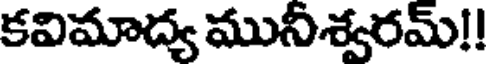
కవిమాద్య మునీశ్వరమ్!!